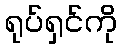
ရုပ်ရှင်ကို